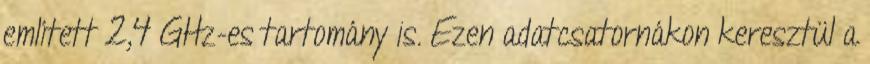
említett 2,4 GHz-es tartomány is. Ezen adatcsatornákon keresztül a